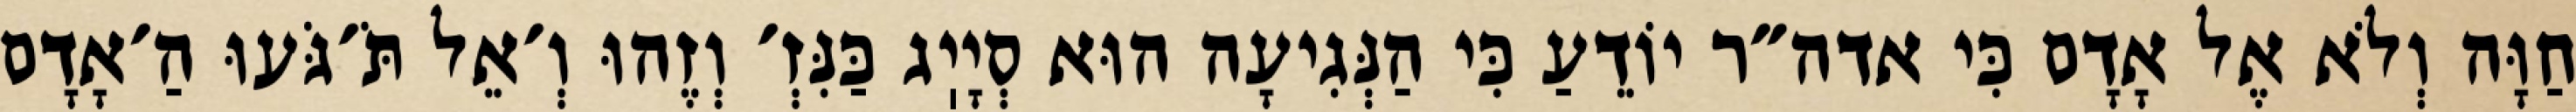
חַוָּה וְלֹא אֶל אָדָם כִּי אדה״ר יוֹדֵעַ כִּי הַנְּגִיעָה הוּא סְיָיֽג כַּנִּזְ׳ וְזֶהוּ וְ׳אֵל תֹּ׳גֹּעוּ הַ׳אָדָם